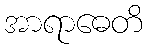
အာရာဓေတိ